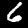
Digit: 6